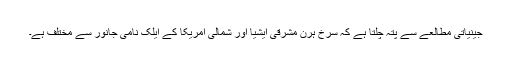
جینیاتی مطالعے سے پتہ چلتا ہے کہ سرخ ہرن مشرقی ایشیا اور شمالی امریکا کے ایلک نامی جانور سے مختلف ہے۔